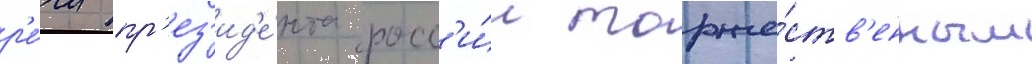
р'е́чи пр'ез'ид'е́нта росс'и́и торже́ств'енным